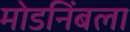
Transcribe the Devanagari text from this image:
मोडनिंबला